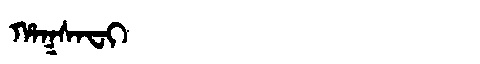
Manchu: ᡥᠠᡴᠰᠠᠸᡳ
Romanization: HAKSAFI